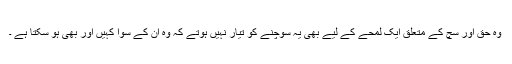
وہ حق اور سچ کے متعلق ایک لمحے کے لیے بھی یہ سوچنے کو تیار نہیں ہوتے کہ وہ ان کے سوا کہیں اور بھی ہو سکتا ہے ۔